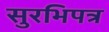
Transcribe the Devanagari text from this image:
सुरभिपत्र